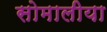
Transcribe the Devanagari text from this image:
सोमालीया